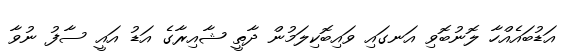
އަޑުބައެއްހާ ލޮނުބޮވި އަނގައި ވައިބޮކިލަމުން ދާތީ ޝާއިރާގެ އަޑު އައީ ސާފު ނުވާ